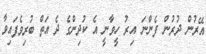
އޭރުން ދުރުން ފެންނަ އިރު ހީވާނީ އެ ކުދިންގެ ދެ އަތް ބުރިވެފައިވާ